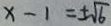
x - 1 = \pm \sqrt { 6 }